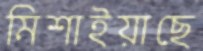
মিশাইয়াছে